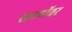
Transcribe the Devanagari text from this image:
सनपॉवर